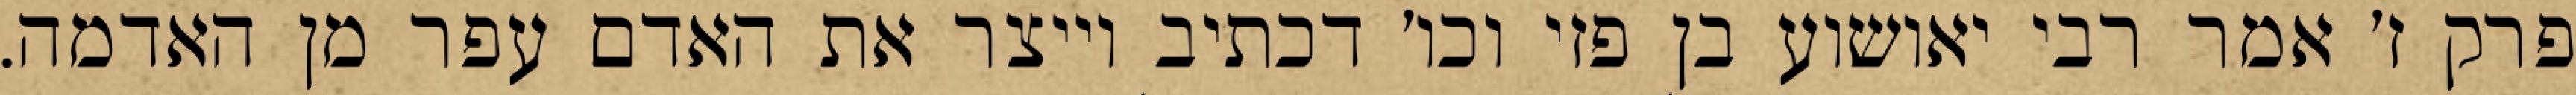
פרק ז׳ אמר רבי יאושוע בן פזי וכו׳ דכתיב וייצר את האדם עפר מן האדמה.